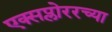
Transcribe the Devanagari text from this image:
एक्सप्लोररच्या